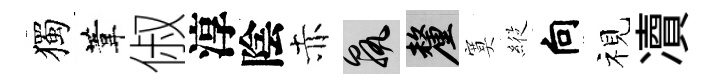
獨葦俶淳陰赤孰厘寞𦂵向视凟